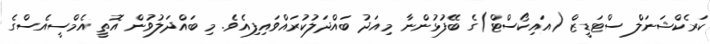
ކަރެކްޝަނަލް ސްޓަޑީޒް (އައިކޯސްޓް)ގެ ބޭފުޅުންނާ މިއަދު ބައްދަލުކުރައްވައިފިއެވެ. މި ބައްދަލުވުން އޮތީ އެމްސީއެސްގެ